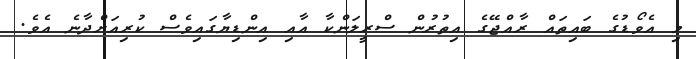
މި އެވޯޑުގެ ބައިތައް ރާއްޖޭގެ އިތުރުން ސްރީލަންކާ އާއި އިންޑިޔާގައިވެސް ކުރިއަށްދާނެ އެވެ.